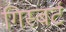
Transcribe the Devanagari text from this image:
गिस्बर्ट